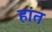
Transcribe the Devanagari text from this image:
हांत